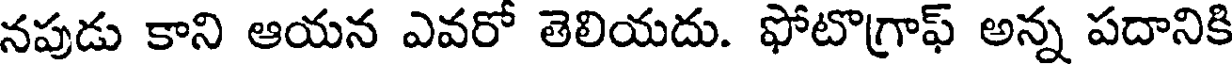
నపుడు కాని ఆయన ఎవరో తెలియదు. ఫోటొగ్రాఫ్ అన్న పదానికి